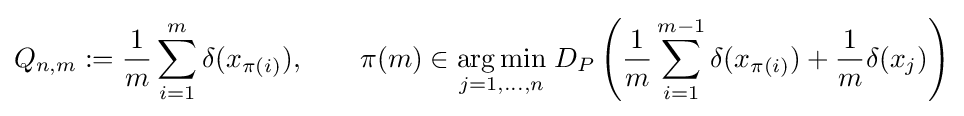
Q_{n,m}:={\frac {1}{m}}\sum _{i=1}^{m}\delta (x_{\pi (i)}),\qquad \pi (m)\in {\underset {j=1,\dots ,n}{\operatorname {arg\,min} }}\;D_{P}\left({\frac {1}{m}}\sum _{i=1}^{m-1}\delta (x_{\pi (i)})+{\frac {1}{m}}\delta (x_{j})\right)